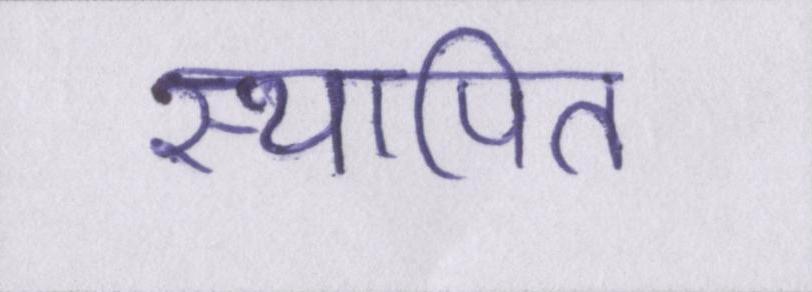
स्थापित